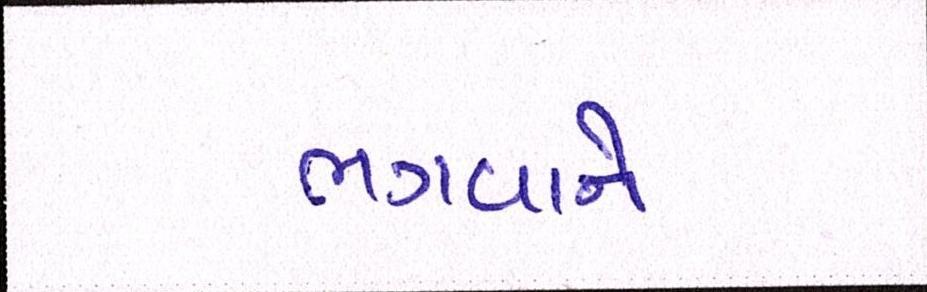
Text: ભગવાને